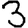
Digit: 3